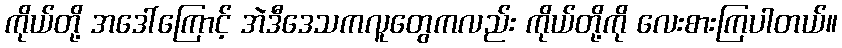
ကိုယ်တို့ အဒေါ်ကြောင့် အဲဒီဒေသကလူတွေကလည်း ကိုယ်တို့ကို လေးစားကြပါတယ်။